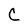
Character: C